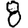
Digit: 8